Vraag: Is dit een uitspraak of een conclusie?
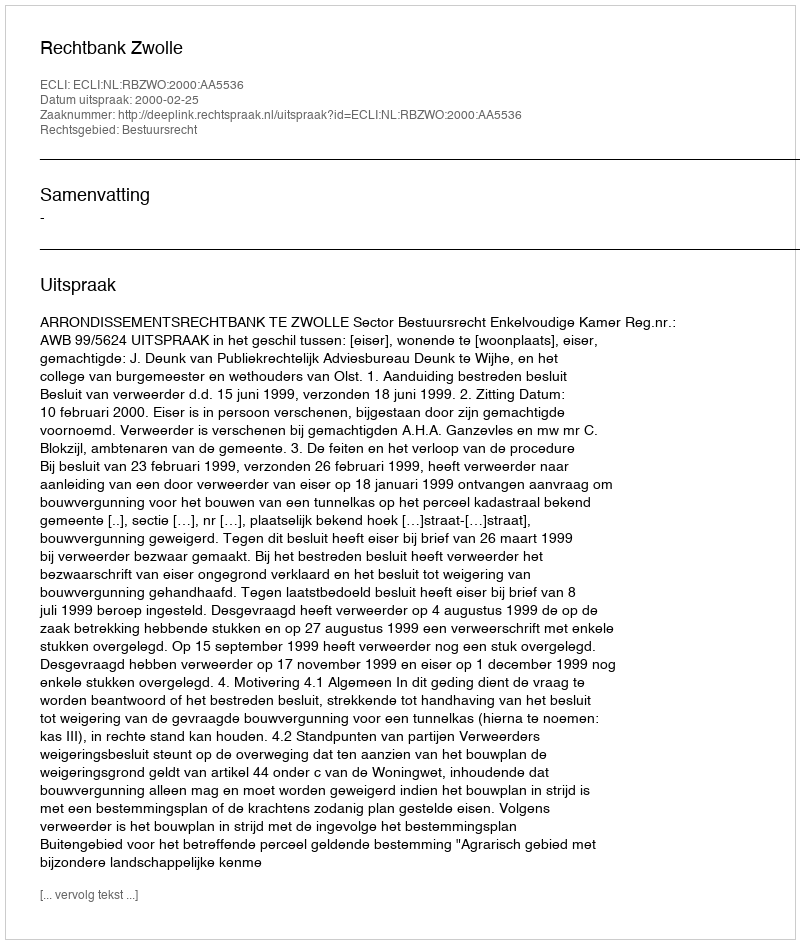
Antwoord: Uitspraak